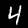
Digit: 4